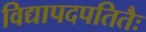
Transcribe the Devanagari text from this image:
विद्यापदपतितैः